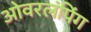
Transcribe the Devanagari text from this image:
ओवरलंपिंग